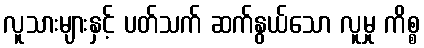
လူသားများနှင့် ပတ်သက် ဆက်နွယ်သော လူမှု ကိစ္စ